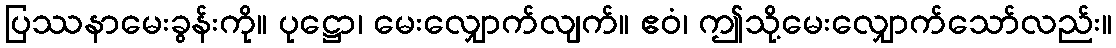
ပြဿနာမေးခွန်းကို။ ပုဋ္ဌော၊ မေးလျှောက်လျက်။ ဧဝံ၊ ဤသို့မေးလျှောက်သော်လည်း။